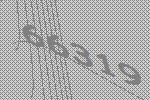
66319